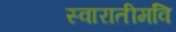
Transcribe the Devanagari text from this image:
स्वारातीमवि